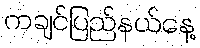
ကချင်ပြည်နယ်နေ့